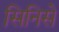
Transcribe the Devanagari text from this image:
सिनिसे